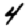
Digit: 4